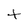
Character: T